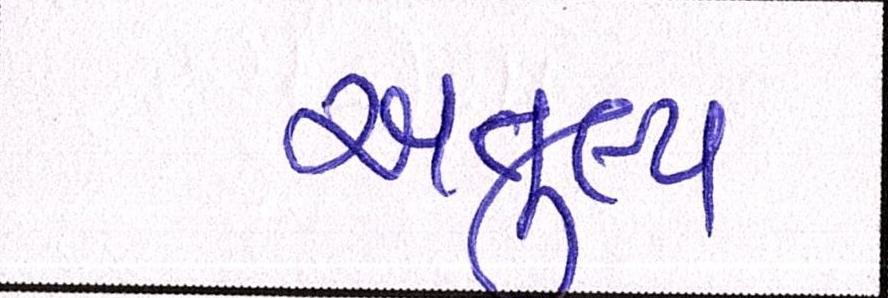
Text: અતુલ્ય